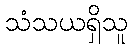
သံသယရှိသူ